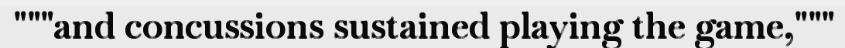
"""and concussions sustained playing the game,"""